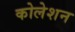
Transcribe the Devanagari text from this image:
कोलेशन